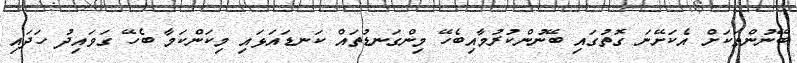
ބޭނުންތަކަށް އެކަށޭނަ ގޮތުގައި ބޭނުންކުރުމާއިބެހޭ މިންގަނޑުތައް ކަނޑައަޅައި މިކަންކަމާ ބެހޭ ގަވައިދު ހަދައި